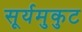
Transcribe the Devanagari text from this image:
सूर्यमुकुट